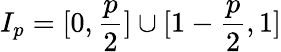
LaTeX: I_{p}=[0,\frac{p}{2}]\cup[1-\frac{p}{2},1]